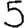
Digit: 5